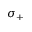
\sigma _ { + }